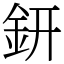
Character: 鈃